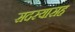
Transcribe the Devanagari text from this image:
सदस्यासह